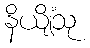
နိယျိံသု